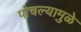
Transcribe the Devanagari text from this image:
पोचल्यामुळे